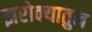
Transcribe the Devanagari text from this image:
झरोक्यातुन